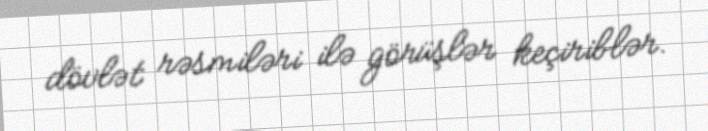
dövlət rəsmiləri ilə görüşlər keçiriblər.